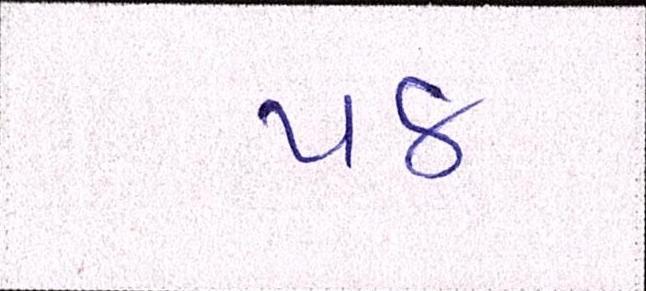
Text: ૫૪